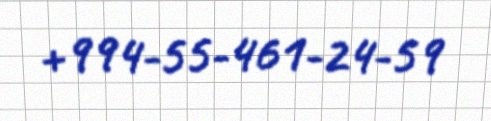
+994-55-461-24-59